Tezpur Lunatic Asylum reports 1877-1894 - 1877-1894
Year: 1877
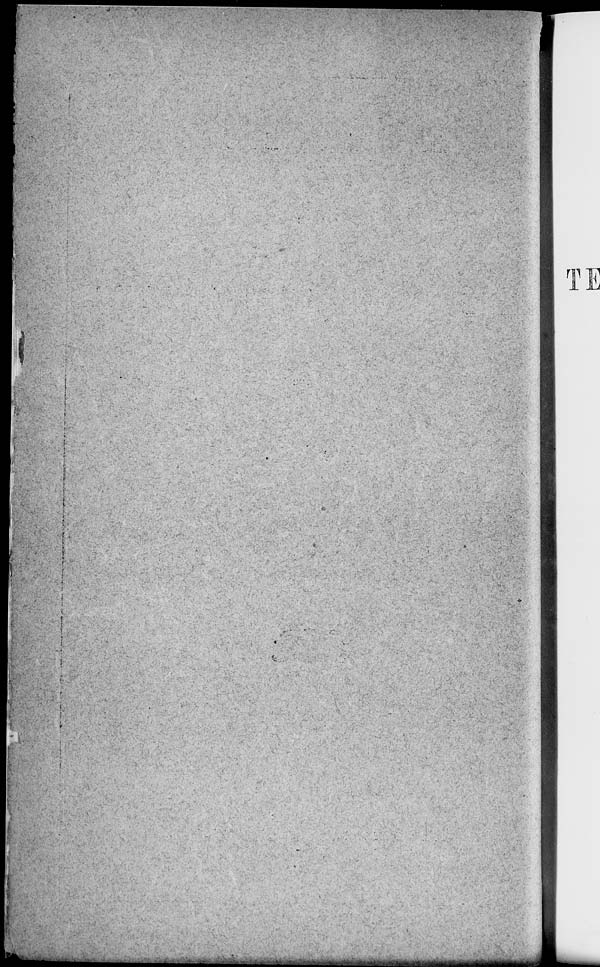
I )]MM4*Mm\*im*
I^H